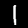
Label: 1